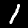
Label: 1